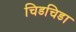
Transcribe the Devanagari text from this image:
चिडचिडा